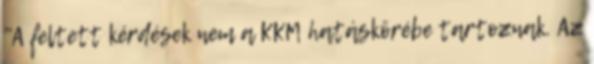
"A feltett kérdések nem a KKM hatáskörébe tartoznak. Az